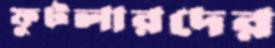
ফুটলারদের